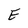
Character: E